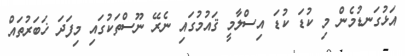
އަޅުގަނޑުމެން މި ކުޑަ ކުޑަ އިސްލާމީ ޤައުމުގައި ނެރޭ ނޫސްތަކުގައި މިފަދަ ޚަބަރުތައް